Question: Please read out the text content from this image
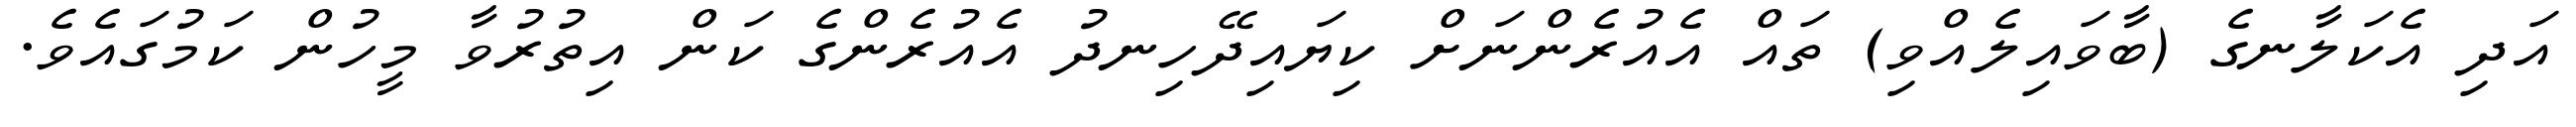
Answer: އަދި އެކަލާނގެ (ބާވައިލެއްވި) ތައް އެއުރެންނަށް ކިޔައިދޭހިނދު އެއުރެންގެ ކަން އިތުރުވާ މީހުން ކަމުގައެވެ.